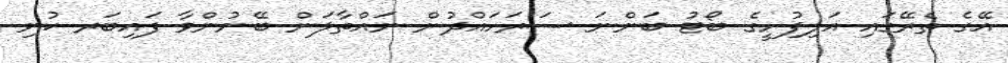
އޭގެ ތެރޭގައި އަލިފުށީގެ ބޯޓު ބަންނަ ސަރަހައްދުން ނައްތާލަން ބޭނުންވާ ފައިބަރ ކުނި